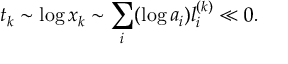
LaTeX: t _ { k } \sim \log x _ { k } \sim \sum _ { i } ( \log a _ { i } ) l _ { i } ^ { ( k ) } \ll 0 .